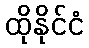
ထိုနိုင်ငံ